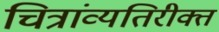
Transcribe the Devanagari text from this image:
चित्रांव्यतिरीक्त